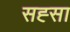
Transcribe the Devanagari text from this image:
सह्सा